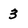
Character: 3